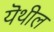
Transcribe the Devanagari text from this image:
यॆथील